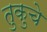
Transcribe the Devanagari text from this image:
तुकुचे